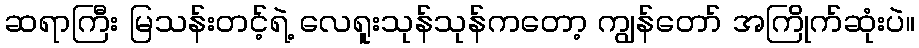
ဆရာကြီး မြသန်းတင့်ရဲ့ လေရူးသုန်သုန်ကတော့ ကျွန်တော် အကြိုက်ဆုံးပဲ။